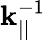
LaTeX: \mathbf{k}_{||}^{-1}